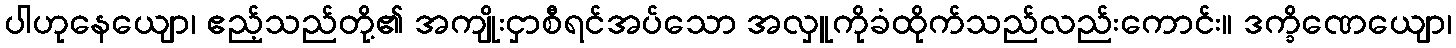
ပါဟုနေယျော၊ ဧည့်သည်တို့၏ အကျိုးငှာစီရင်အပ်သော အလှူကိုခံထိုက်သည်လည်းကောင်း။ ဒက္ခိဏေယျော၊